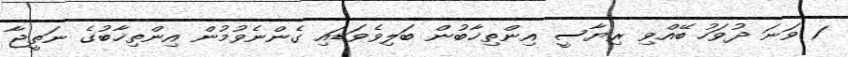
1 ވަނަ ދުވަހު ބޭއްވި ރިޔާސީ އިންތިޚާބުން ބަލިވެވަޑައި ގެންނެވުމުން އިންތިޚާބުގެ ނަތީޖާ